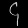
Digit: ၄